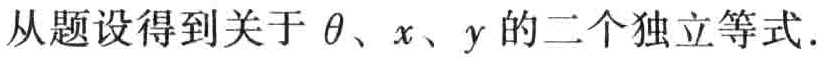
从题设得到关于\(\theta、x、y\)的二个独立等式.